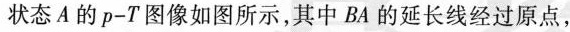
状态A的p-T图像如图所示，其中BA的延长线经过原点，